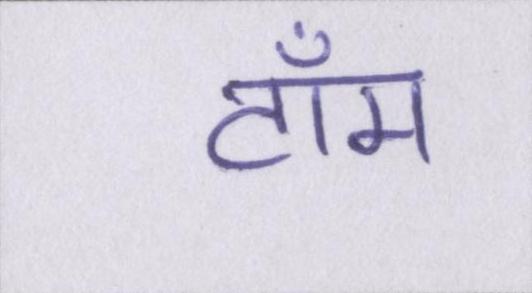
टॉम